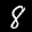
Label: 8